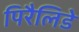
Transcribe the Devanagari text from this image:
पिरैलिडे